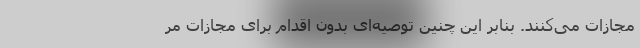
مجازات می‌کنند. بنابر این چنین توصیه‌ای بدون اقدام برای مجازات مر